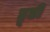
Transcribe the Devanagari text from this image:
ड्रूडी